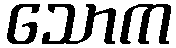
သောက